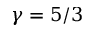
\gamma = 5 / 3